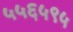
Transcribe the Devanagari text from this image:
५५६५९५